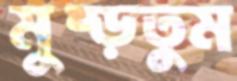
মুষ্‌ড়তুম